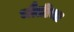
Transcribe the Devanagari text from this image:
मौतीचा